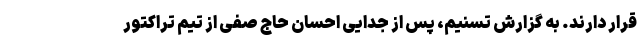
قرار دارند. به گزارش تسنیم، پس از جدایی احسان حاج صفی از تیم تراکتور